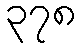
၃၇၈